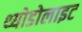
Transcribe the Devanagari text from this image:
थ्योडोलाइट